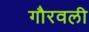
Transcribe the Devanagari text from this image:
गौरवली